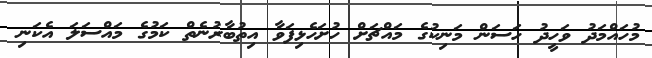
މުހައްމަދު ވަހީދު ހަސަން މަނިކުގެ މައްޗަށް ހުށަހެޅިފަވާ އިތުބާރުނެތް ކަމުގެ މައްސަލަ އެކަނި